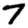
Digit: 7